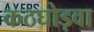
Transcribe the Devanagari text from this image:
कठघोड़वा